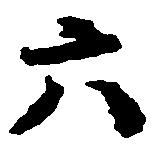
六